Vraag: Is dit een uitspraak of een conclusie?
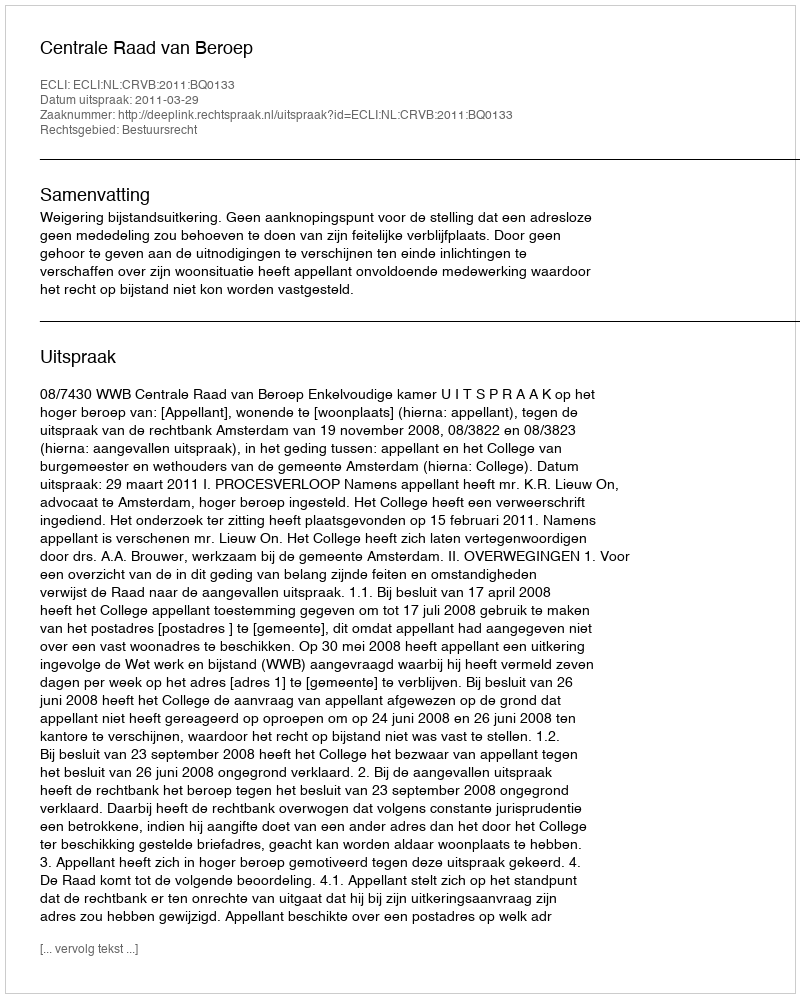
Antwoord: Uitspraak